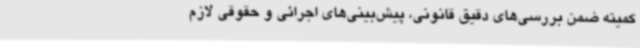
کمیته ضمن بررسی‌های دقیق قانونی، پیش‌بینی‌های اجرائی و حقوقی لازم